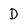
Character: D